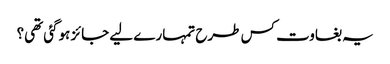
یہ بغاوت کس طرح تمہارے لیے جائز ہوگئی تھی؟